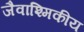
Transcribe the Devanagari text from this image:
जैवाश्मिकीय